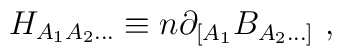
H_{A_1A_2\ldots} \equiv n \partial_{[A_1}B_{A_2\ldots]} \ ,